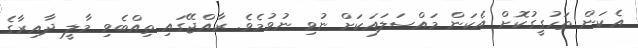
އެކަން ތަހުގީގުކޮށް އެކަން މައްސަލައަކަށް ނުވި ނުވުމެވެ. ރާއްޖޭގައި ތިއްބެވި މާލީ ދާއިރާގެ